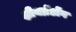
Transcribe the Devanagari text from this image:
क्षीयन्रेंडोंग